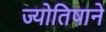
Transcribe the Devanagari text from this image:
ज्योतिषाने